342_HS1-416511228_319.1 Flying Discs 1949
Agency: Department of War
Incident date: 1/9/50
Page 132
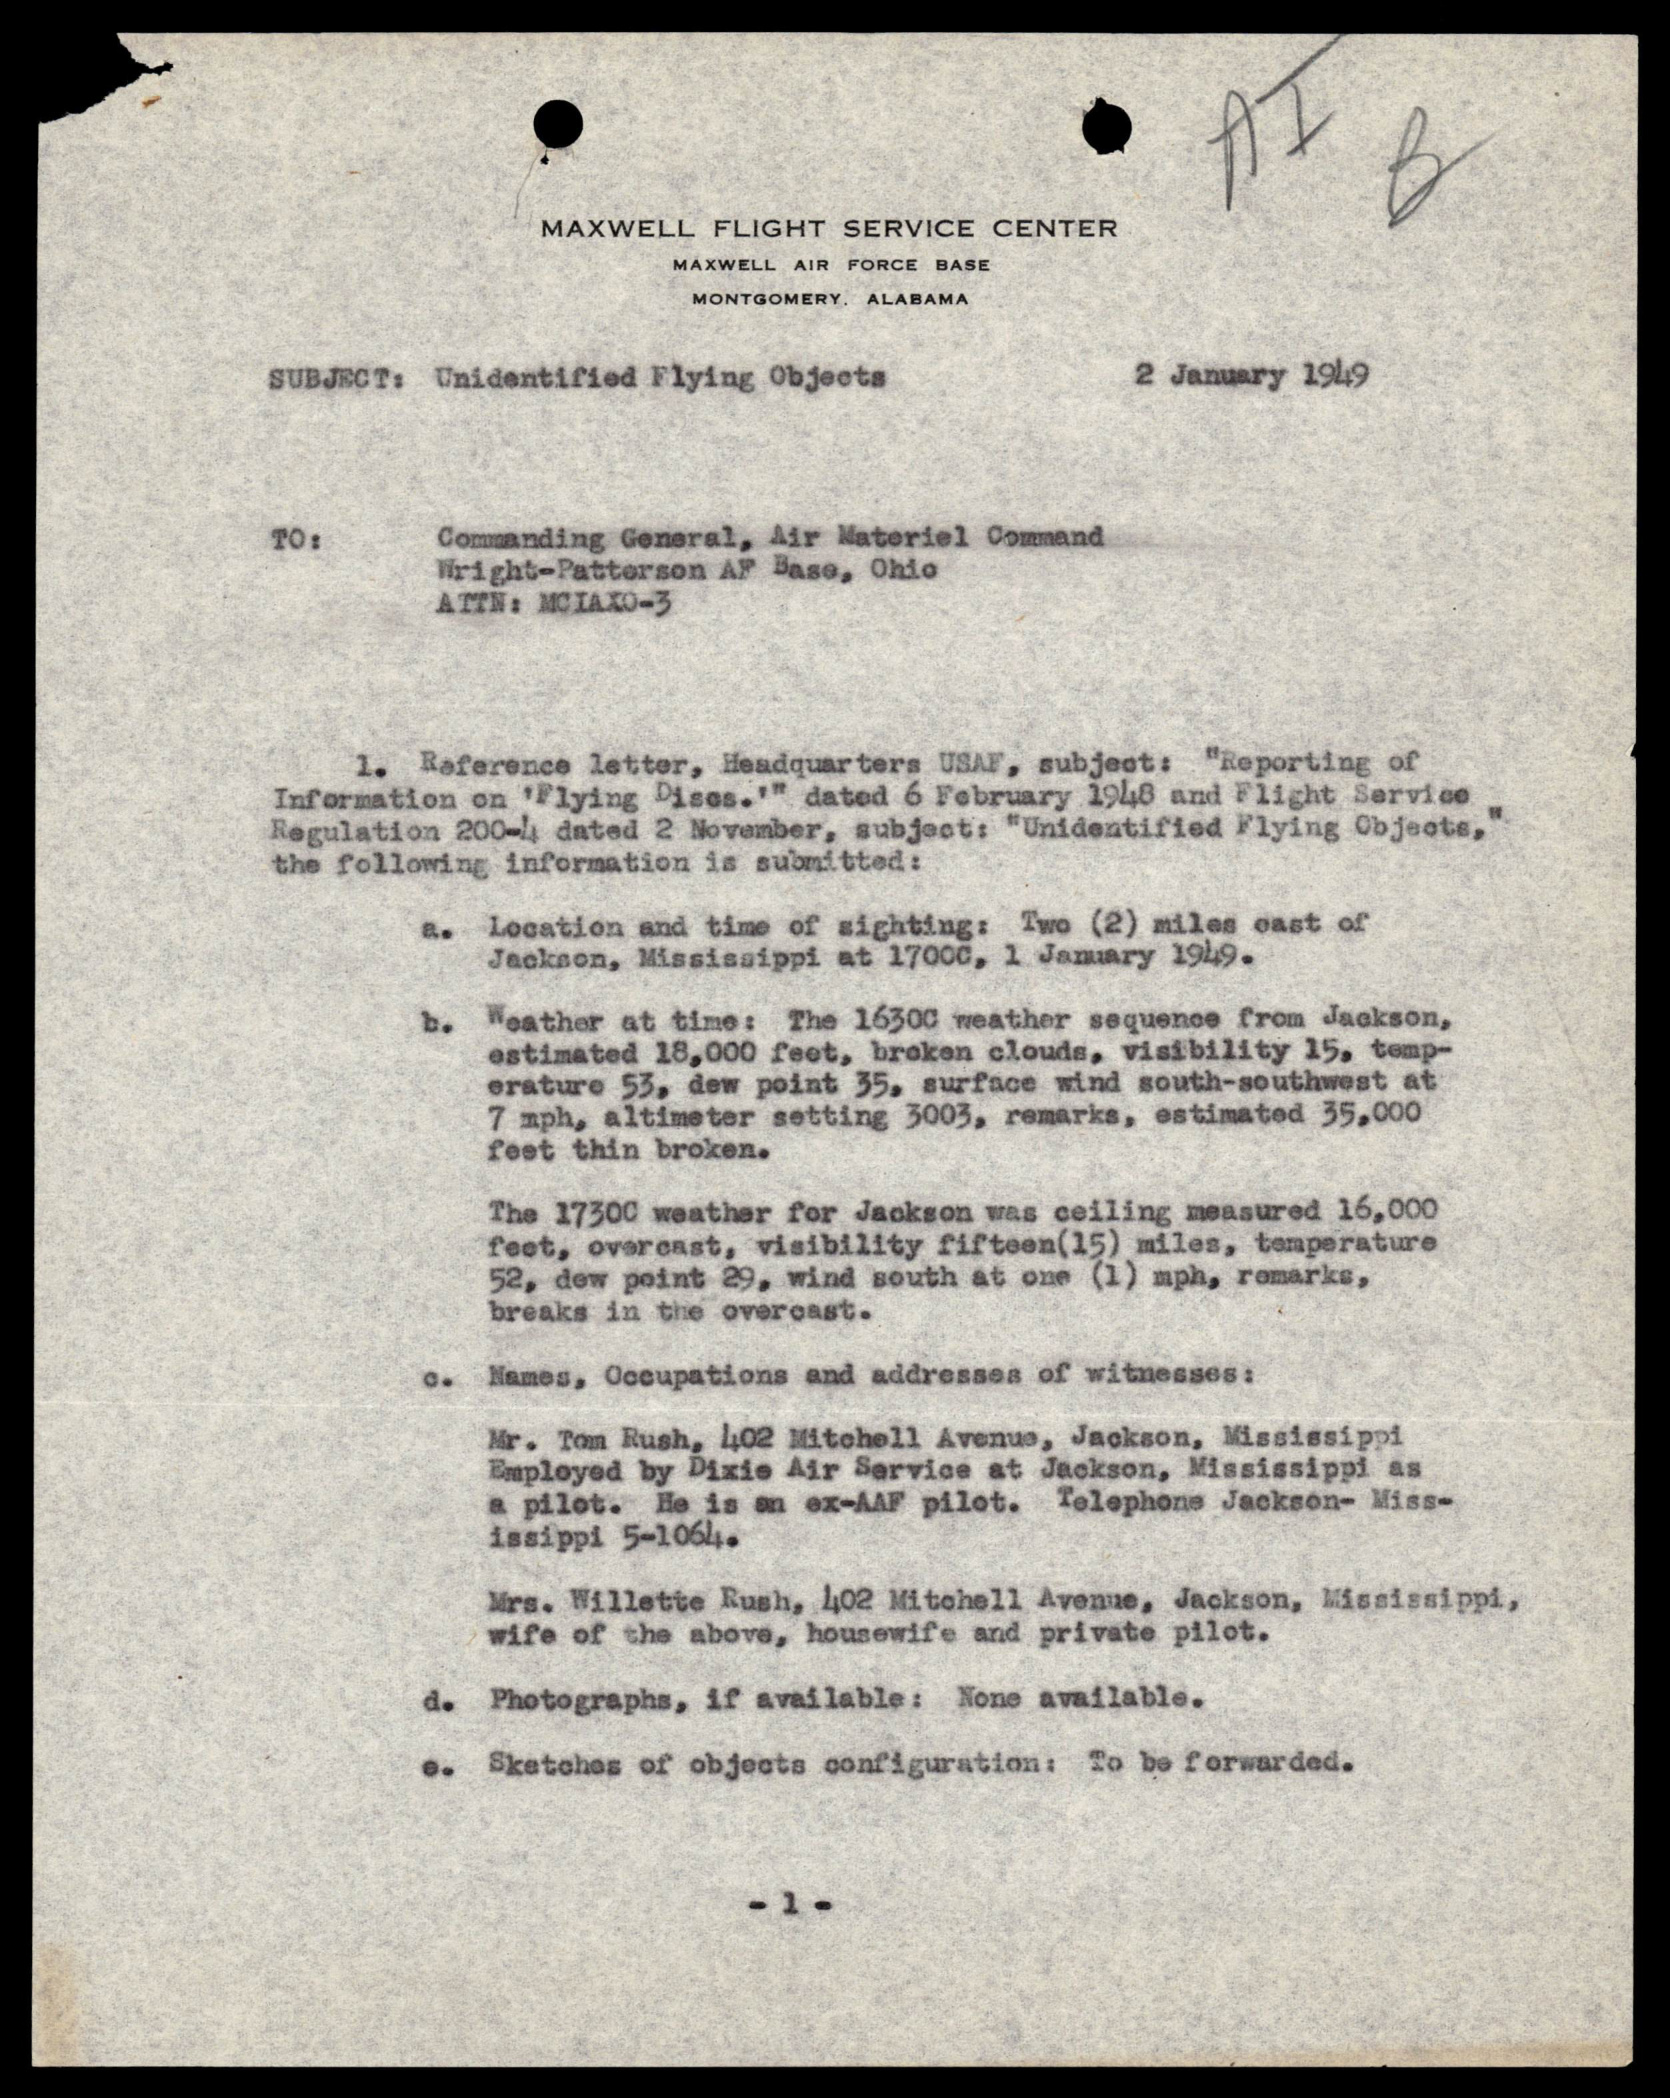